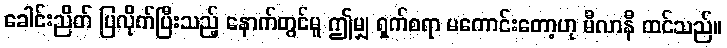
ခေါင်းညိတ် ပြလိုက်ပြီးသည့် နောက်တွင်မူ ဤမျှ ရှက်စရာ မကောင်းတော့ဟု မီလာနီ ထင်သည်။